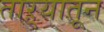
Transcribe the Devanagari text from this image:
ताऱ्यातून